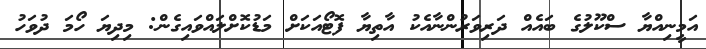
އަމީނިއްޔާ ސްކޫލުގެ ބައެއް ދަރިވަރުންނާއެކު އާތިޔާ ފޮޓޯއަކަށް މަޑުކޮށްލައްވައިގެން: މިދިޔަ ހޯމަ ދުވަހު